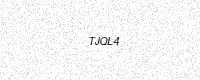
Text: TJQL4